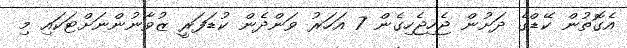
އެގޮތުން ކޭޑްގެ ދަށުން ޖެހިޖެހިގެން 7 އަހަރު ވަންދެން ކުޑަފަރީ ޒުވާނުންނަށްޓަކައި މި